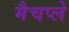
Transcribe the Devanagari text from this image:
मैचप्ले